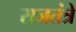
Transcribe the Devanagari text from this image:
राजतंत्रे